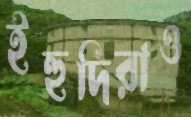
ইহুদিরাও